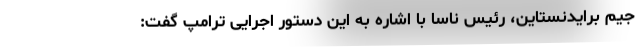
جیم برایدنستاین، رئیس ناسا با اشاره به این دستور اجرایی ترامپ گفت: